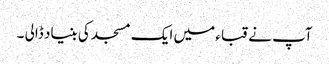
آپ نے قباء میں ایک مسجد کی بنیاد ڈالی ۔